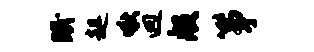
眠趄啾迥般筝